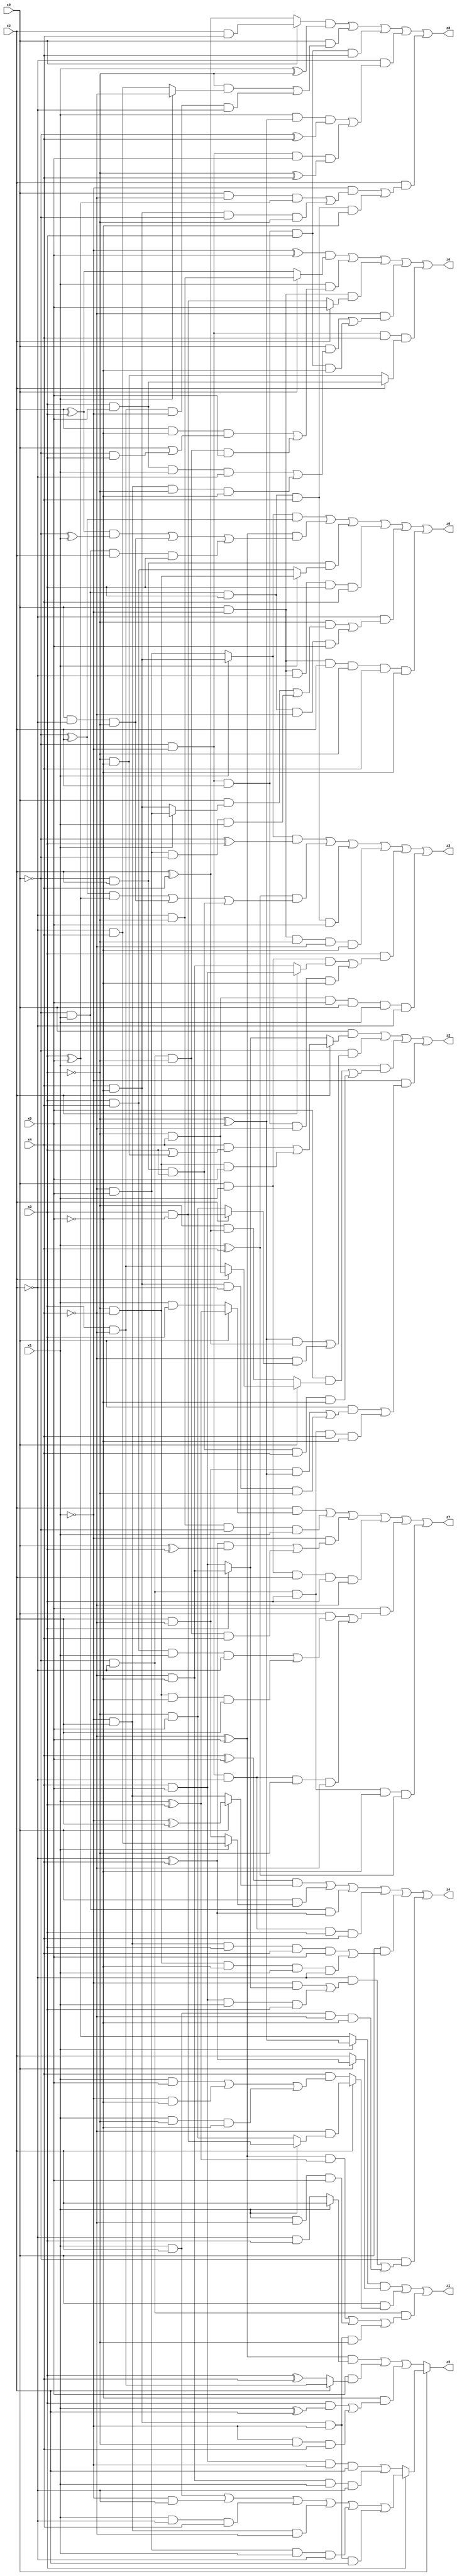
// Benchmark "X_18" written by ABC on Mon Jun 05 23:00:20 2023

module X_18 ( 
    x0, x1, x2, x3, x4, x5,
    z0, z1, z2, z3, z4, z5, z6, z7, z8  );
  input  x0, x1, x2, x3, x4, x5;
  output z0, z1, z2, z3, z4, z5, z6, z7, z8;
  assign z0 = ((x1 ? (x4 & ~x5) : (~x4 & x5)) & (~x0 ^ x2)) | ((~x4 ^ x5) & (((x2 ^ x3) & (~x0 ^ x1)) | (x0 & ~x2 & ~x3) | (~x0 & x1 & x2 & x3))) | (~x0 & x2 & (x1 ? (~x3 & ~x4) : (x3 & x4))) | (x0 & ~x1 & ~x2 & x3 & x4) | (~x2 & ((~x3 & ((x0 & (x1 ? (~x4 & x5) : (x4 & ~x5))) | (~x4 & x5 & ~x0 & x1))) | (~x0 & x1 & x3 & ~x4 & x5))) | (x0 & ~x1 & x2 & ~x3 & x4 & ~x5);
  assign z1 = ((x1 ? (~x3 ^ x5) : (x3 ^ x5)) & (x0 ? (~x2 ^ x4) : x2)) | (x0 & (x2 ? (~x4 & (x1 ? (x3 & ~x5) : (~x3 & x5))) : (x4 & ((x1 & x5) | (~x1 & ~x5) | (x1 & ~x3 & ~x5))))) | (~x0 & ~x2 & (((~x4 ^ x5) & (x1 ^ x3)) | (x1 & ~x4 & x5) | (x4 & ~x5 & ~x1 & ~x3)));
  assign z2 = (x0 & (x2 ? ((x4 & (x3 | (~x3 & ~x5))) | (~x3 & ~x4 & x5)) : (x3 ? (~x4 & ~x5) : (x4 & x5)))) | (~x0 & (((~x3 ^ x5) & (x2 ^ x4)) | (~x4 & (x2 ? (x3 & ~x5) : (~x3 & x5))))) | (x1 & ((x5 & (x0 ? (x2 ? (~x3 & x4) : (x3 & ~x4)) : (~x3 & (x2 ^ x4)))) | (~x0 & x2 & x3 & x4 & ~x5))) | (~x1 & ((x0 & ((x2 & ~x4 & (~x3 ^ x5)) | (x4 & ~x5 & ~x2 & ~x3))) | (~x0 & ~x2 & x3 & x4 & ~x5)));
  assign z3 = ((x1 ? (x4 & ~x5) : (~x4 & x5)) & (~x0 ^ x3)) | ((x1 ^ x4) & (((~x0 ^ x2) & (x3 ^ x5)) | (x0 & ~x2 & ~x3) | (~x0 & x2 & x3))) | (~x0 & x1 & x3 & x4 & x5) | (x0 & ~x1 & ~x3 & ~x4 & ~x5) | (x3 & ((x0 & x1 & (x2 ? (x4 & x5) : (~x4 & ~x5))) | (~x0 & ~x1 & x2 & ~x4 & ~x5))) | (~x3 & x4 & x5 & x0 & x1 & ~x2);
  assign z4 = ((x4 ^ x5) & (x0 ? (~x1 ^ x2) : (~x1 & x2))) | (x0 & (x1 ? (~x2 & x4) : (x2 & ~x4))) | (~x0 & x1 & (~x2 ^ x4)) | (~x0 & ~x1 & ~x2 & x3 & x4) | (x0 & ((~x1 & x2 & x3 & x4 & x5) | (~x3 & ~x4 & ~x5 & x1 & ~x2))) | (~x0 & ((~x2 & ((~x1 & (x3 ? (~x4 & ~x5) : (x4 & x5))) | (x4 & x5 & x1 & x3))) | (x1 & x2 & ~x4 & ~x5)));
  assign z5 = x0 ? (x3 ? ((x1 & x2) | (~x1 & ~x2) | (x1 & ~x2 & x4) | (~x1 & x2 & ~x4) | (~x4 & x5 & x1 & ~x2) | (x4 & ~x5 & ~x1 & x2)) : ((x4 & x5 & ~x1 & x2) | (~x4 & ~x5 & x1 & ~x2))) : (((~x4 ^ x5) & (x1 ? x2 : (~x2 & x3))) | (x5 & (x2 ? (x3 & ~x4) : (x3 ^ x4))) | (~x5 & ((x3 & (x1 ^ x2)) | (~x1 & ~x3 & x4))));
  assign z6 = ((~x1 ^ x5) & (x0 ? (~x2 & ~x3) : (x2 ^ x3))) | (x1 & ((x2 & ~x5 & (x0 | (~x0 & x3))) | (~x0 & ~x2 & ~x3 & x5))) | (x0 & ~x1 & (x2 ? x5 : (x3 & ~x5))) | (~x4 & ((x0 & ((x3 & x5 & x1 & ~x2) | (~x1 & x2 & ~x3 & ~x5))) | (~x0 & ~x1 & x2 & x3 & ~x5))) | (~x0 & ~x1 & x4 & (x2 ? (x3 & x5) : (~x3 & ~x5)));
  assign z7 = (x2 & (x0 ? (x1 ^ x3) : (x1 & x3))) | (~x2 & ~x3 & ~x0 & x1) | (~x1 & (((~x2 ^ x4) & (x0 ^ x3)) | (~x0 & ~x2 & ~x3 & x4))) | (x0 & x1 & x2 & x3 & ~x4) | (x5 & ((x0 & ((x3 & x4 & x1 & ~x2) | (~x3 & ~x4 & ~x1 & x2))) | (~x0 & ~x1 & ~x2 & ~x3 & ~x4))) | (~x0 & ~x2 & x3 & ~x5 & (x1 ^ x4));
  assign z8 = ((x0 ? (x2 & x4) : (x2 ^ x4)) & (x1 ^ ~x3)) | (x0 & ((~x3 & (x1 ? ~x4 : (~x2 & x4))) | (x3 & ~x4 & ~x1 & ~x2))) | (~x0 & ~x1 & x2 & x3 & x4) | (~x2 & ((x1 & (~x3 ^ x5) & (~x0 ^ x4)) | (~x0 & ~x1 & x5 & (~x3 ^ x4)))) | (x2 & ((~x1 & ((x0 & ~x4 & (x3 ^ x5)) | (x4 & ~x5 & ~x0 & ~x3))) | (~x0 & x1 & x3 & x4 & ~x5)));
endmodule